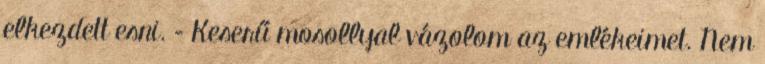
elkezdett esni. – Keserű mosollyal vázolom az emlékeimet. Nem